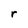
Character: r